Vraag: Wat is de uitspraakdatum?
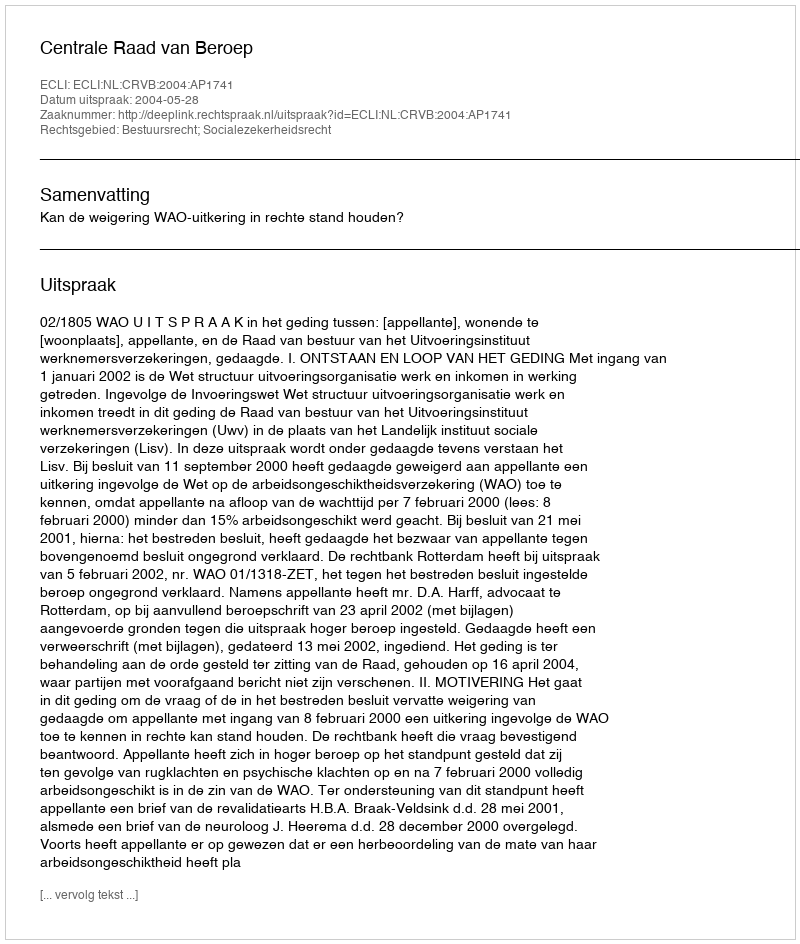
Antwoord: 2004-05-28